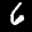
Label: 6